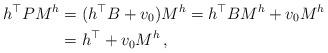
LaTeX: \begin{align*}h^\top P M^{h} &= (h^\top B + v_0) M^{h} = h^\top B M^{h} + v_0 M^{h}\\ &= h^\top + v_0 M^{h} \,, \end{align*}